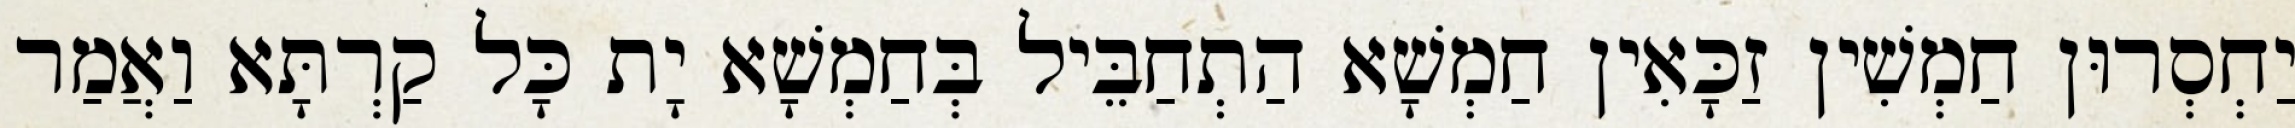
יַחְסְרוּן חַמְשִׁין זַכָּאִין חַמְשָׁא הַתְחַבֵּיל בְּחַמְשָׁא יָת כָּל קַרְתָּא וַאֲמַר